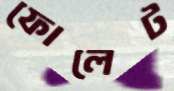
ফোলেট